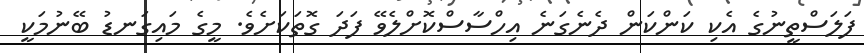
ފަލަސްތީނުގެ އެކި ކަންކަން ދެނެގަނެ އިހްސާސްކޮށްލެވޭ ފަދަ ގޮތަކަށެވެ. މީގެ މައިގަނޑު ބޭނުމަކީ